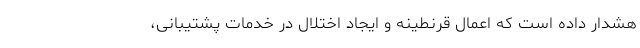
هشدار داده است که اعمال قرنطینه و ایجاد اختلال در خدمات پشتیبانی،